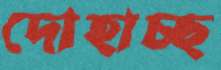
দোহাচ্ছ